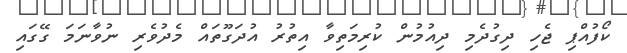
ކޯފުއްޕި ޖެހި ދިގުދެމި ދިއުމުން ކުރިމަތިވާ އިތުރު އުދަގޫތައް މެދުވެރި ނުވާނަމަ ގޭގައި